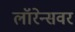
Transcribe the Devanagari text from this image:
लॉरेन्सवर